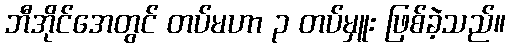
ဘီအိုင်အေတွင် တပ်မဟာ ၃ တပ်မှူး ဖြစ်ခဲ့သည်။